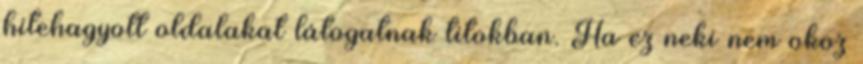
hitehagyott oldalakat látogatnak titokban. Ha ez neki nem okoz